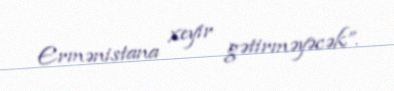
Ermənistana xeyir gətirməyəcək”.